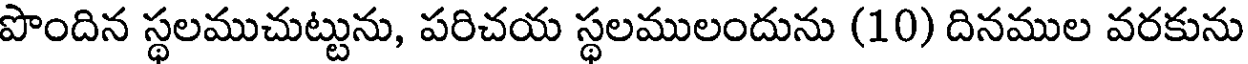
పొందిన స్థలముచుట్టును, పరిచయ స్థలములందును (10) దినముల వరకును